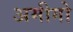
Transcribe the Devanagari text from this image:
अमीगो